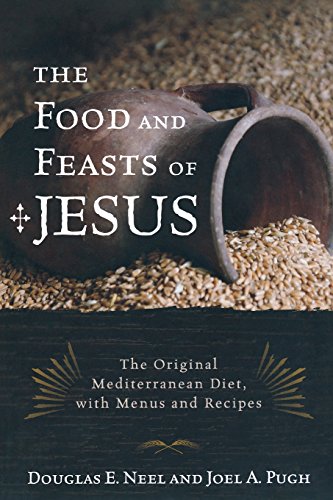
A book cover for The Food and Feasts of Jesus: The Original Mediterranean Diet, with Menus and Recipes (Religion in the Modern World); Douglas E. Neel; Christian Books & Bibles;